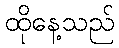
ထိုနေ့သည်